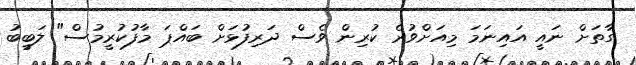
ގާތަށް ނައީ އައިނަމަ މިއަށްވުރެ ކުރިން ވެސް ދަރިފުޅަށް ބައްޕަ މާފުކުރީމުސް" ލަބީބު